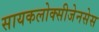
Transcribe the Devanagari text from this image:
सायकलोक्सीजेनसेस